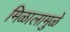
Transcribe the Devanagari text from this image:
मिळालामुळे